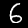
Label: 6